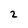
Character: 2